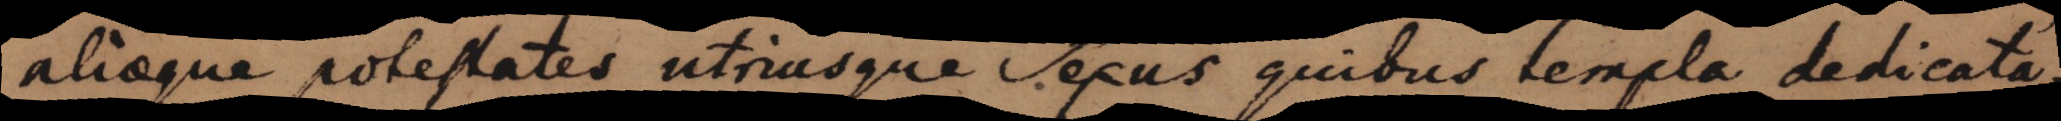
aliaeque potestates utriusque sexus quibus templa dedicata,